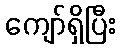
ကျော်ရှိပြီး